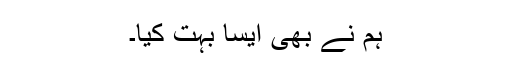
ہم نے بھی ایسا بہت کیا۔